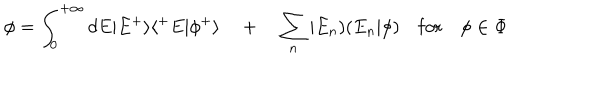
LaTeX: \phi = \int _ { 0 } ^ { + \infty } d E | E ^ { + } \rangle \langle ^ { + } E | \phi ^ { + } \rangle \quad + \quad \sum _ { n } | E _ { n } ) ( E _ { n } | \phi ) \quad \mathrm { f o r } \quad \phi \in \Phi